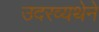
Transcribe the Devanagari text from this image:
उदरव्यथेने